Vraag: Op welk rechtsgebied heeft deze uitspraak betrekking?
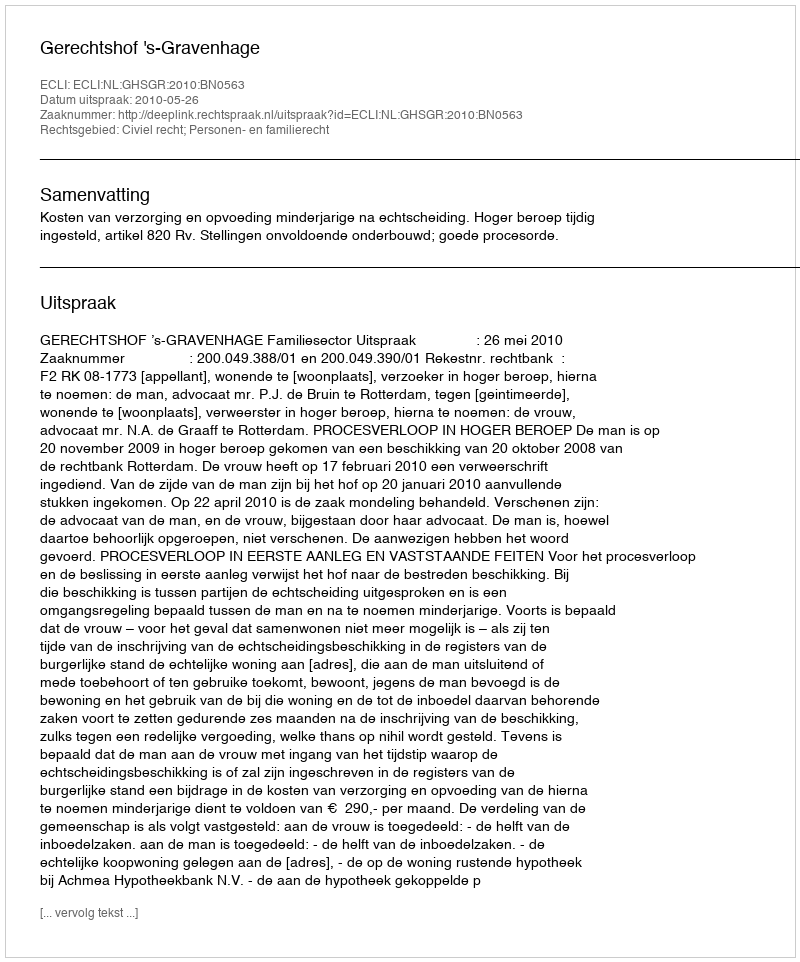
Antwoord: Civiel recht; Personen- en familierecht